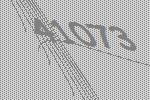
41073